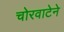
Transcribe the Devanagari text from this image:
चोरवाटेने